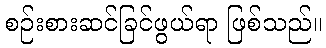
စဉ်းစားဆင်ခြင်ဖွယ်ရာ ဖြစ်သည်။